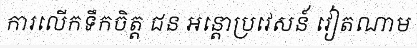
ការលើកទឹកចិត្ត ជន អន្តោប្រវេសន៍ វៀតណាម